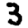
Digit: 3